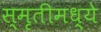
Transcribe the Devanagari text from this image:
स्मृतीमध्ये